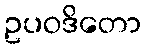
ဥပဝဒိတော